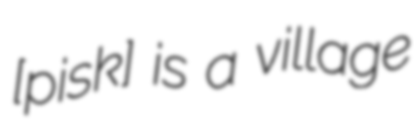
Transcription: [ˈpiɲskɔ] is a village